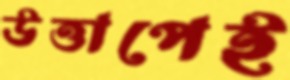
উত্তাপেই